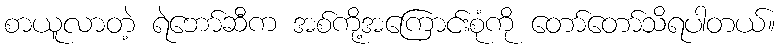
စာယူလာတဲ့ ရဲဘော်ဆီက အစ်ကို့အကြောင်းစုံကို တော်တော်သိရပါတယ်။